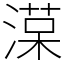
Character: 𣼑